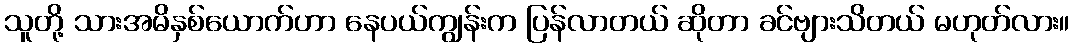
သူတို့ သားအမိနှစ်ယောက်ဟာ နေပယ်ကျွန်းက ပြန်လာတယ် ဆိုတာ ခင်ဗျားသိတယ် မဟုတ်လား။